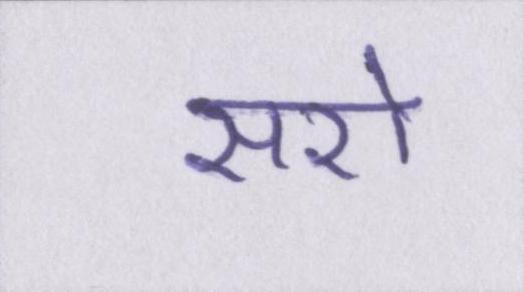
सरो